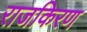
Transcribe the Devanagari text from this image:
राजकिरण